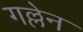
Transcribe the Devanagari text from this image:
गल्लेन